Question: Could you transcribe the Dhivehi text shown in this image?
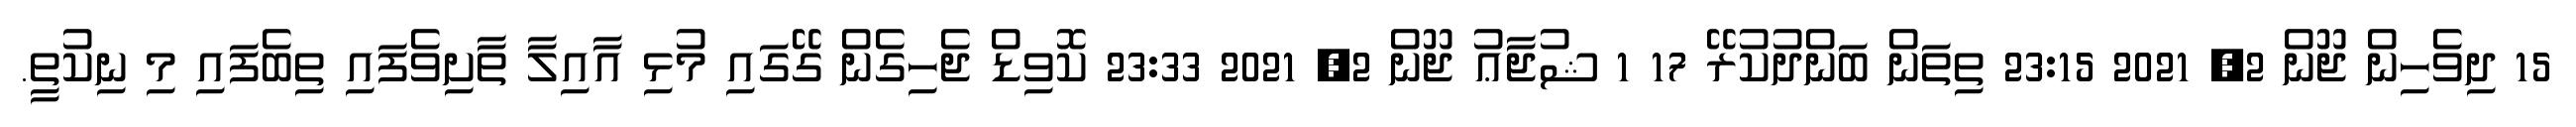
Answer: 15 ދިވެހިން ޖޫން 2, 2021 23:15 ތިތަން ބަންދުކުރޭ 17 1 ޝުޖާޢު ޖޫން 2, 2021 23:33 ކޮވިޑް ޖެހިގެން ގޭގައި މުޅި އާއިލާ ތާށިވެފައި ތިބެފައި މި ނިކުތީ.